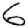
Digit: 6